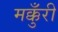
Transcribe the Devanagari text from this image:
मक्कुँरी